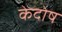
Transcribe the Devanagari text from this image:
केदोष